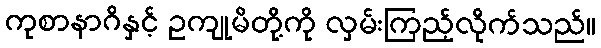
ကုစာနာဂိနှင့် ဥကျုမိတို့ကို လှမ်းကြည့်လိုက်သည်။